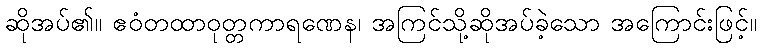
ဆိုအပ်၏။ ဧဝံတထာဝုတ္တကာရဏေန၊ အကြင်သို့ဆိုအပ်ခဲ့သော အကြောင်းဖြင့်။